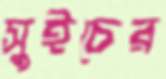
সুইচের